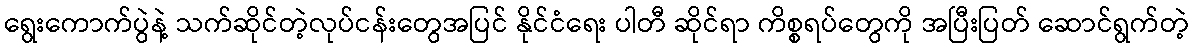
ရွေးကောက်ပွဲနဲ့ သက်ဆိုင်တဲ့လုပ်ငန်းတွေအပြင် နိုင်ငံရေး ပါတီ ဆိုင်ရာ ကိစ္စရပ်တွေကို အပြီးပြတ် ဆောင်ရွက်တဲ့